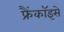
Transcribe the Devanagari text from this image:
फ्रैंकॉइसे